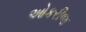
ઓકરીજ